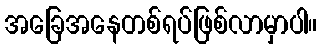
အခြေအနေတစ်ရပ်ဖြစ်လာမှာပါ။